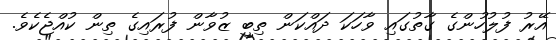
އޭރު ފުލުހުންގެ ގާތުގައި ވާހަކަ ދައްކަން ތިބީ ޒުވާން ފުރައިގެ ތިން ކުއްޖެކެވެ.